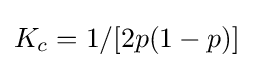
K_{c}=1/[2p(1-p)]